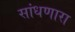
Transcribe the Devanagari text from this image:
सांधणारा